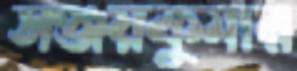
সঞ্জয়কুমার